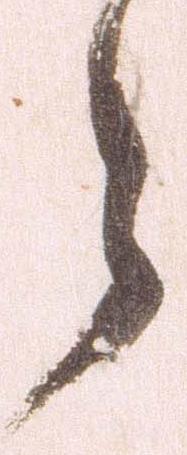
々